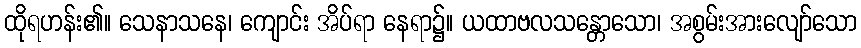
ထိုရဟန်း၏။ သေနာသနေ၊ ကျောင်း အိပ်ရာ နေရာ၌။ ယထာဗလသန္တောသော၊ အစွမ်းအားလျော်သော